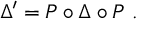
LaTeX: \Delta ^ { \prime } = P \circ \Delta \circ P ~ .